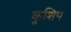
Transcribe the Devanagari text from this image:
कुशिप